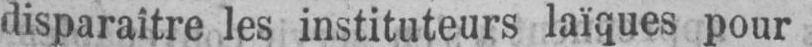
disparaître les instituteurs laïques pour